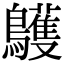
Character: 鸌